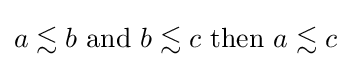
a\lesssim b{\text{ and }}b\lesssim c{\text{ then }}a\lesssim c